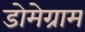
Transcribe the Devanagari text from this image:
डोमेग्राम